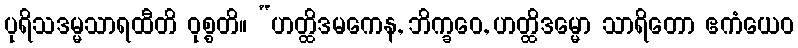
ပုရိသဒမ္မသာရထီတိ ဝုစ္စတိ။ “ဟတ္ထိဒမကေန, ဘိက္ခဝေ, ဟတ္ထိဒမ္မော သာရိတော ဧကံယေဝ